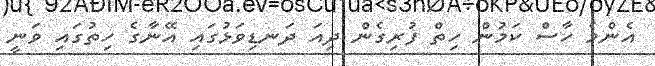
އެންމެ ހާސް ކަމުން ހިތް ފުރިގެން ދިއަ ދަނޑިވަޅުގައި އޭނާގެ ހިތުގައި ވަނީ